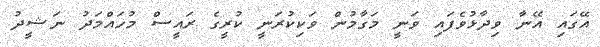
އޭގައި އޭނާ ވިދާޅުވެފައި ވަނީ މަގާމުން ވަކިކުރަނީ ކުރީގެ ރައީސް މުހައްމަދު ނަޝީދު